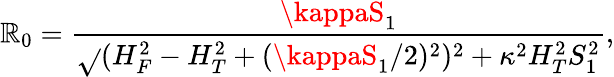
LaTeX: \mathbb{R}_{0}={\frac{{\kappaS_{1}}}{{\sqrt{}{{(H_{F}^{2}-H_{T}^{2}+(\kappaS_{1}/2)^{2})^{2}+\kappa^{2}H_{T}^{2}S_{1}^{2}}}}}},